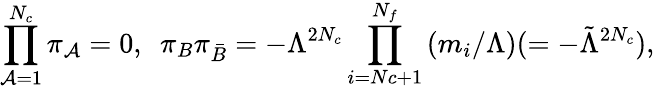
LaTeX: \prod_{\mathcal{A}=1}^{N_{c}}\pi_{\mathcal{A}}=0,\ \ \pi_{B}\pi_{\bar{{B}}}=-\Lambda^{2N_{c}}\prod_{i=Nc+1}^{N_{f}}\left(m_{i}/\Lambda\right)(=-{\tilde{{\Lambda}}}^{2N_{c}}),